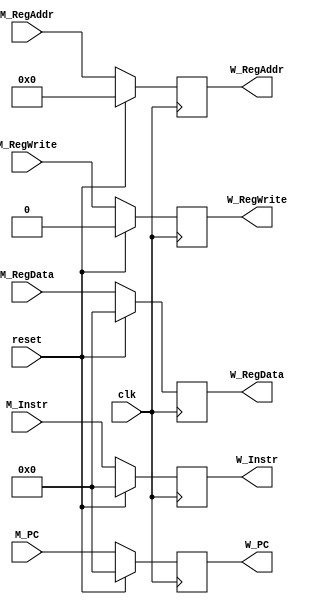
`timescale 1ns / 1ps
module W_register (
    input [31:0] M_Instr,
    input [31:0] M_PC,
    input [31:0] M_RegData,
    input [4:0] M_RegAddr,
    input M_RegWrite,
    input clk,
    input reset,
    output [31:0] W_Instr,
    output [31:0] W_PC,
    output [31:0] W_RegData,
    output [4:0] W_RegAddr,
    output W_RegWrite);

   reg [31:0] instr, pc, regdata;
   reg [4:0] regaddr;
   reg regwrite;

   initial begin
       instr = 0;
       pc = 0;
       regdata = 0;
       regaddr = 0;
       regwrite = 0;
   end
    
   always @(posedge clk) begin
       if(reset == 1) begin
           instr <= 0;
           pc <= 0;
           regdata <= 0;
           regaddr <= 0;
           regwrite <= 0;
       end
       else begin
           instr <= M_Instr;
           pc <= M_PC;
           regdata <= M_RegData;
           regaddr <= M_RegAddr;
           regwrite <= M_RegWrite;
       end
   end

   assign W_Instr = instr;
   assign W_PC = pc;
   assign W_RegData = regdata;
   assign W_RegAddr = regaddr;
   assign W_RegWrite = regwrite;
endmodule